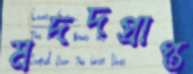
মদদপ্রাপ্ত